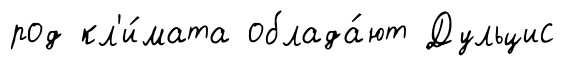
род кл'и́мата облада́ют Дульцис